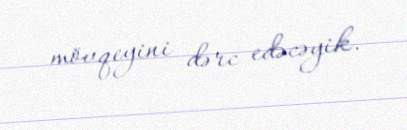
mövqeyini dərc edəcəyik.